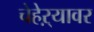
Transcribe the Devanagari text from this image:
चेहेऱ्यावर